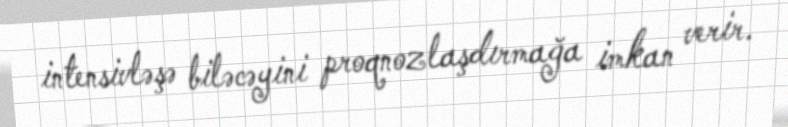
intensivləşə biləcəyini proqnozlaşdırmağa imkan verir.